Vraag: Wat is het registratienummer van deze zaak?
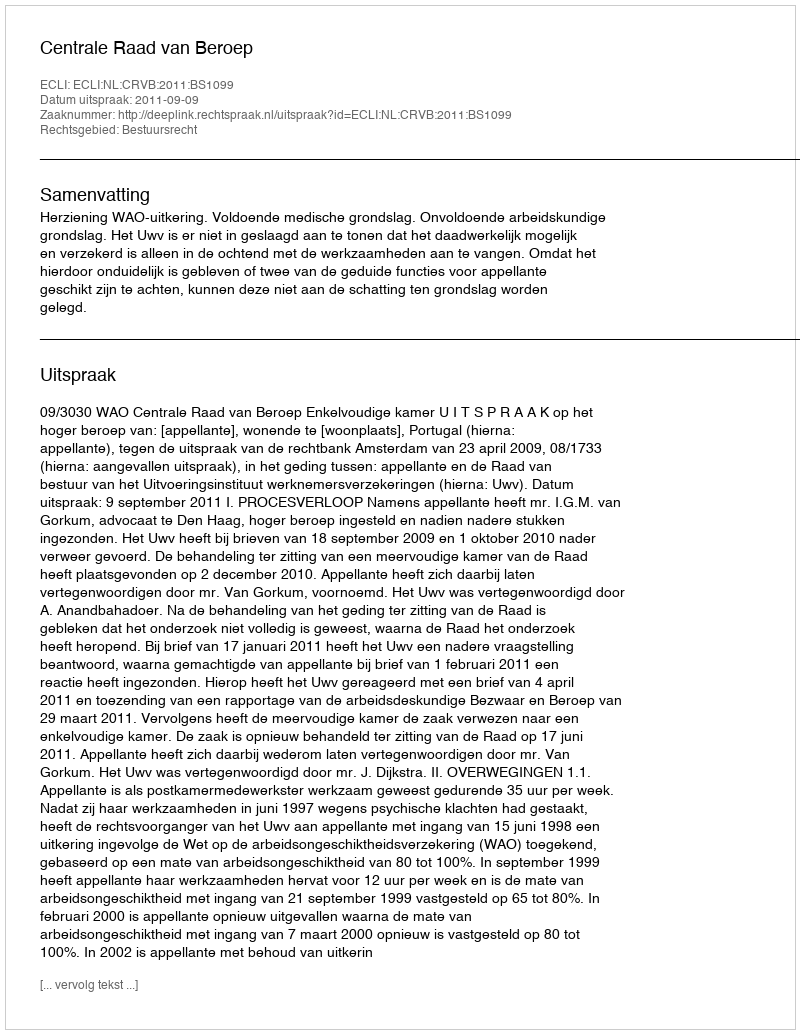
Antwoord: http://deeplink.rechtspraak.nl/uitspraak?id=ECLI:NL:CRVB:2011:BS1099